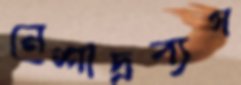
নেশাদ্রব্যগ